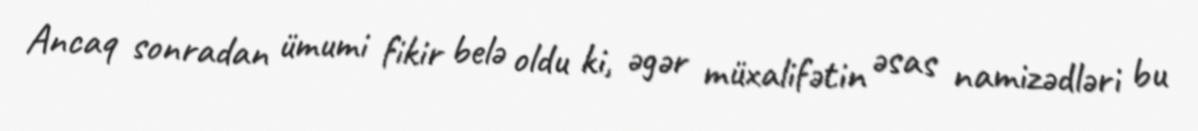
Ancaq sonradan ümumi fikir belə oldu ki, əgər müxalifətin əsas namizədləri bu